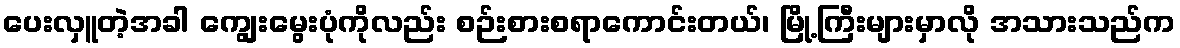
ပေးလှူတဲ့အခါ ကျွေးမွေးပုံကိုလည်း စဉ်းစားစရာကောင်းတယ်၊ မြို့ကြီးများမှာလို အသားသည်က